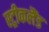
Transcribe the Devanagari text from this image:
स्ट्रीकलैंड